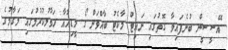
އޭސީސީން ބުނެފައިވާ ގޮތުގައި ނައިޓް މާކެޓު ބާއްވަން ގޯ މީޑިއާއާ ހަވާލުކުރުމުގައި މަގާމުގެ